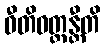
ဝီတိဝတ္တန္တီတိ